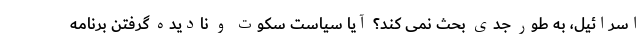
اسرائیل، به طور جدی بحث نمی کند؟ آیا سیاست سکوت و نادیده گرفتن برنامه